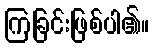
ကြခြင်းဖြစ်ပါ၏။